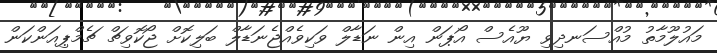
މައުލޫމާތު މުއްސަނދިވި ޔޫއެސް އޯޕަން އިން ނަޑާލް ވަކިވެއްޖެނަޑާލް ބަލިކޮށް ޖޯކޮވިޗް ޗެމްޕިއަންކަން